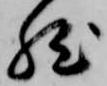
然